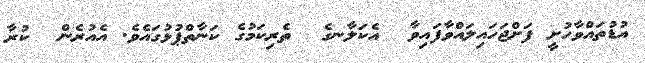
އުޑުތައްވާހުށީ ފަށްޖަހައިލަައްވާފައިވާ  އެކަލާނގެ  ތެރިކަމުގެ ކަނާތްޕުޅުގައެވެ. އެއުރެން  ކުރާ